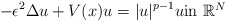
\begin{align*}-\epsilon^2\Delta u + V(x)u = |u|^{p-1}u \mbox{in $\mathbb{R}^N$}\end{align*}